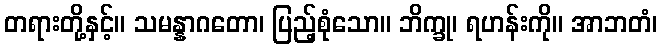
တရားတို့နှင့်။ သမန္နာဂတော၊ ပြည့်စုံသော။ ဘိက္ခု၊ ရဟန်းကို။ အာဘတံ၊